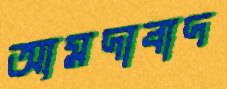
আমদাবাদ